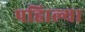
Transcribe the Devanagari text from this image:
पहिाल्या